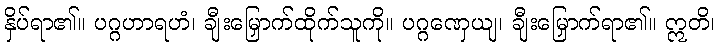
နှိပ်ရာ၏။ ပဂ္ဂဟာရဟံ၊ ချီးမြှောက်ထိုက်သူကို။ ပဂ္ဂဏှေယျ၊ ချီးမြှောက်ရာ၏။ ဣတိ၊